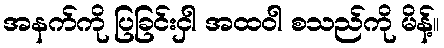
အနက်ကို ပြခြင်းငှါ အထဝါ စသည်ကို မိန့်။